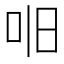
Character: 𫩥